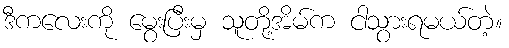
ဒီကလေးကို မွေးပြီးမှ သူတို့အိမ်က ငါသွားရမယ်တဲ့။